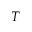
T